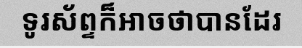
ទូរស័ព្ទក៏អាចថាបានដែរ